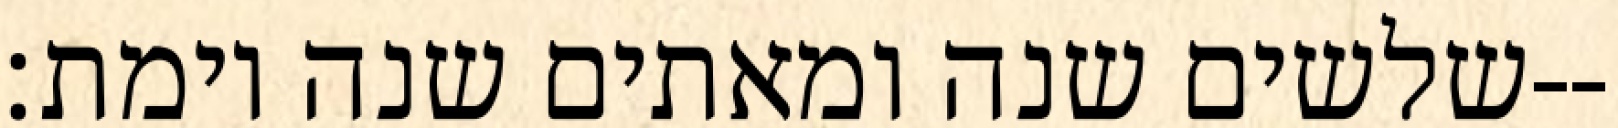
שלשים שנה ומאתים שנה וימת׃--